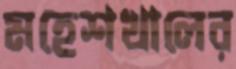
মহেশখালের